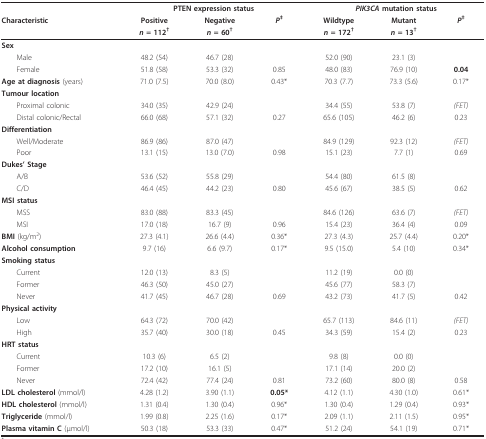
<table><thead><tr><td>[EMPTY_CELL]</td><td colspan="3"><b>PTEN expression status</b></td><td colspan="3"><b><i>PIK3CA </i>mutation status</b></td></tr><tr><td><b>Characteristic</b></td><td><b>Positive</b></td><td><b>Negative</b></td><td><b><i>P</i><sup>‡</sup></b></td><td><b>Wildtype</b></td><td><b>Mutant</b></td><td><b><i>P</i><sup>‡</sup></b></td></tr><tr><td>[EMPTY_CELL]</td><td><b><i>n </i>= 112<sup>†</sup></b></td><td><b><i>n </i>= 60<sup>†</sup></b></td><td>[EMPTY_CELL]</td><td><b><i>n </i>= 172<sup>†</sup></b></td><td><b><i>n </i>= 13<sup>†</sup></b></td><td>[EMPTY_CELL]</td></tr></thead><tbody><tr><td><b>Sex</b></td><td>[EMPTY_CELL]</td><td>[EMPTY_CELL]</td><td>[EMPTY_CELL]</td><td>[EMPTY_CELL]</td><td>[EMPTY_CELL]</td><td>[EMPTY_CELL]</td></tr><tr><td> Male</td><td>48.2 (54)</td><td>46.7 (28)</td><td>[EMPTY_CELL]</td><td>52.0 (90)</td><td>23.1 (3)</td><td>[EMPTY_CELL]</td></tr><tr><td> Female</td><td>51.8 (58)</td><td>53.3 (32)</td><td>0.85</td><td>48.0 (83)</td><td>76.9 (10)</td><td><b>0.04</b></td></tr><tr><td><b>Age at diagnosis </b>(years)</td><td>71.0 (7.5)</td><td>70.0 (8.0)</td><td>0.43*</td><td>70.3 (7.7)</td><td>73.3 (5.6)</td><td>0.17*</td></tr><tr><td><b>Tumour location</b></td><td>[EMPTY_CELL]</td><td>[EMPTY_CELL]</td><td>[EMPTY_CELL]</td><td>[EMPTY_CELL]</td><td>[EMPTY_CELL]</td><td>[EMPTY_CELL]</td></tr><tr><td> Proximal colonic</td><td>34.0 (35)</td><td>42.9 (24)</td><td>[EMPTY_CELL]</td><td>34.4 (55)</td><td>53.8 (7)</td><td><i>(FET)</i></td></tr><tr><td> Distal colonic/Rectal</td><td>66.0 (68)</td><td>57.1 (32)</td><td>0.27</td><td>65.6 (105)</td><td>46.2 (6)</td><td>0.23</td></tr><tr><td><b>Differentiation</b></td><td>[EMPTY_CELL]</td><td>[EMPTY_CELL]</td><td>[EMPTY_CELL]</td><td>[EMPTY_CELL]</td><td>[EMPTY_CELL]</td><td>[EMPTY_CELL]</td></tr><tr><td> Well/Moderate</td><td>86.9 (86)</td><td>87.0 (47)</td><td>[EMPTY_CELL]</td><td>84.9 (129)</td><td>92.3 (12)</td><td><i>(FET)</i></td></tr><tr><td> Poor</td><td>13.1 (15)</td><td>13.0 (7.0)</td><td>0.98</td><td>15.1 (23)</td><td>7.7 (1)</td><td>0.69</td></tr><tr><td><b>Dukes' Stage</b></td><td>[EMPTY_CELL]</td><td>[EMPTY_CELL]</td><td>[EMPTY_CELL]</td><td>[EMPTY_CELL]</td><td>[EMPTY_CELL]</td><td>[EMPTY_CELL]</td></tr><tr><td> A/B</td><td>53.6 (52)</td><td>55.8 (29)</td><td>[EMPTY_CELL]</td><td>54.4 (80)</td><td>61.5 (8)</td><td>[EMPTY_CELL]</td></tr><tr><td> C/D</td><td>46.4 (45)</td><td>44.2 (23)</td><td>0.80</td><td>45.6 (67)</td><td>38.5 (5)</td><td>0.62</td></tr><tr><td><b>MSI status</b></td><td>[EMPTY_CELL]</td><td>[EMPTY_CELL]</td><td>[EMPTY_CELL]</td><td>[EMPTY_CELL]</td><td>[EMPTY_CELL]</td><td>[EMPTY_CELL]</td></tr><tr><td> MSS</td><td>83.0 (88)</td><td>83.3 (45)</td><td>[EMPTY_CELL]</td><td>84.6 (126)</td><td>63.6 (7)</td><td><i>(FET)</i></td></tr><tr><td> MSI</td><td>17.0 (18)</td><td>16.7 (9)</td><td>0.96</td><td>15.4 (23)</td><td>36.4 (4)</td><td>0.09</td></tr><tr><td><b>BMI </b>(kg/m<sup>2</sup>)</td><td>27.3 (4.1)</td><td>26.6 (4.4)</td><td>0.36*</td><td>27.3 (4.3)</td><td>25.7 (4.4)</td><td>0.20*</td></tr><tr><td><b>Alcohol consumption</b></td><td>9.7 (16)</td><td>6.6 (9.7)</td><td>0.17*</td><td>9.5 (15.0)</td><td>5.4 (10)</td><td>0.34*</td></tr><tr><td><b>Smoking status</b></td><td>[EMPTY_CELL]</td><td>[EMPTY_CELL]</td><td>[EMPTY_CELL]</td><td>[EMPTY_CELL]</td><td>[EMPTY_CELL]</td><td>[EMPTY_CELL]</td></tr><tr><td> Current</td><td>12.0 (13)</td><td>8.3 (5)</td><td>[EMPTY_CELL]</td><td>11.2 (19)</td><td>0.0 (0)</td><td>[EMPTY_CELL]</td></tr><tr><td> Former</td><td>46.3 (50)</td><td>45.0 (27)</td><td>[EMPTY_CELL]</td><td>45.6 (77)</td><td>58.3 (7)</td><td>[EMPTY_CELL]</td></tr><tr><td> Never</td><td>41.7 (45)</td><td>46.7 (28)</td><td>0.69</td><td>43.2 (73)</td><td>41.7 (5)</td><td>0.42</td></tr><tr><td><b>Physical activity</b></td><td>[EMPTY_CELL]</td><td>[EMPTY_CELL]</td><td>[EMPTY_CELL]</td><td>[EMPTY_CELL]</td><td>[EMPTY_CELL]</td><td>[EMPTY_CELL]</td></tr><tr><td> Low</td><td>64.3 (72)</td><td>70.0 (42)</td><td>[EMPTY_CELL]</td><td>65.7 (113)</td><td>84.6 (11)</td><td><i>(FET)</i></td></tr><tr><td> High</td><td>35.7 (40)</td><td>30.0 (18)</td><td>0.45</td><td>34.3 (59)</td><td>15.4 (2)</td><td>0.23</td></tr><tr><td><b>HRT status</b></td><td>[EMPTY_CELL]</td><td>[EMPTY_CELL]</td><td>[EMPTY_CELL]</td><td>[EMPTY_CELL]</td><td>[EMPTY_CELL]</td><td>[EMPTY_CELL]</td></tr><tr><td> Current</td><td>10.3 (6)</td><td>6.5 (2)</td><td>[EMPTY_CELL]</td><td>9.8 (8)</td><td>0.0 (0)</td><td>[EMPTY_CELL]</td></tr><tr><td> Former</td><td>17.2 (10)</td><td>16.1 (5)</td><td>[EMPTY_CELL]</td><td>17.1 (14)</td><td>20.0 (2)</td><td>[EMPTY_CELL]</td></tr><tr><td> Never</td><td>72.4 (42)</td><td>77.4 (24)</td><td>0.81</td><td>73.2 (60)</td><td>80.0 (8)</td><td>0.58</td></tr><tr><td><b>LDL cholesterol </b>(mmol/l)</td><td>4.28 (1.2)</td><td>3.90 (1.1)</td><td><b>0.05*</b></td><td>4.12 (1.1)</td><td>4.30 (1.0)</td><td>0.61*</td></tr><tr><td><b>HDL cholesterol </b>(mmol/l)</td><td>1.31 (0.4)</td><td>1.30 (0.4)</td><td>0.96*</td><td>1.30 (0.4)</td><td>1.29 (0.4)</td><td>0.93*</td></tr><tr><td><b>Triglyceride </b>(mmol/l)</td><td>1.99 (0.8)</td><td>2.25 (1.6)</td><td>0.17*</td><td>2.09 (1.1)</td><td>2.11 (1.5)</td><td>0.95*</td></tr><tr><td><b>Plasma vitamin C </b>(μmol/l)</td><td>50.3 (18)</td><td>53.3 (33)</td><td>0.47*</td><td>51.2 (24)</td><td>54.1 (19)</td><td>0.71*</td></tr></tbody></table>